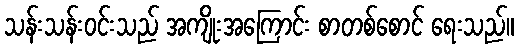
သန်းသန်းဝင်းသည် အကျိုးအကြောင်း စာတစ်စောင် ရေးသည်။